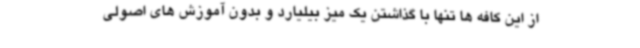
از این کافه ها تنها با گذاشتن یک میز بیلیارد و بدون آموزش های اصولی